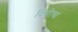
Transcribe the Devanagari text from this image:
किरीचा